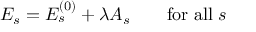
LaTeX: E _ { s } = E _ { s } ^ { ( 0 ) } + \lambda A _ { s } \qquad { \mathrm { f o r ~ a l l } } \; s